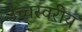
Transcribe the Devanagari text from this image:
उच्चस्वरीय